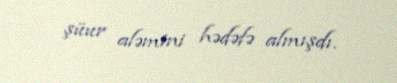
şüur aləmini hədəfə almışdı.